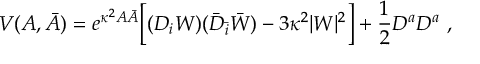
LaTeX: V ( A , \bar { A } ) = e ^ { \kappa ^ { 2 } A \bar { A } } \Big [ ( D _ { i } W ) ( \bar { D } _ { \bar { i } } \bar { W } ) - 3 \kappa ^ { 2 } | W | ^ { 2 } \Big ] + \frac 1 2 D ^ { a } D ^ { a } \ ,